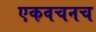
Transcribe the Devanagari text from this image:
एकवचनच